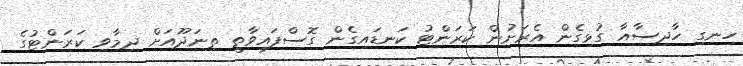
ހިނގި ހާދިސާއާ ގުޅިގެން އެރަށުން ކަރަންޓު ކަނޑައިގެން ގޮސްފައިވާތީ ތިނަދޫއަށް ދިމާވި ކަރަންޓުގެ